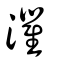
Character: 灈